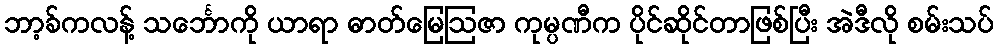
ဘာ့ခ်ကလန့် သင်္ဘောကို ယာရာ ဓာတ်မြေဩဇာ ကုမ္ပဏီက ပိုင်ဆိုင်တာဖြစ်ပြီး အဲဒီလို စမ်းသပ်